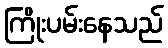
ကြိုးပမ်းနေသည်